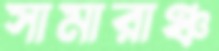
সামারাঞ্চ